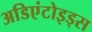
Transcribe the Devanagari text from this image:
अडिएंटोइड्स